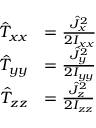
{ \begin{array} { r l } { { \hat { T } } _ { x x } } & { = { \frac { { \hat { J } } _ { x } ^ { 2 } } { 2 I _ { x x } } } } \\ { { \hat { T } } _ { y y } } & { = { \frac { { \hat { J } } _ { y } ^ { 2 } } { 2 I _ { y y } } } } \\ { { \hat { T } } _ { z z } } & { = { \frac { { \hat { J } } _ { z } ^ { 2 } } { 2 I _ { z z } } } } \end{array} } \,